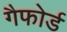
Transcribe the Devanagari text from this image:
गैफोर्ड